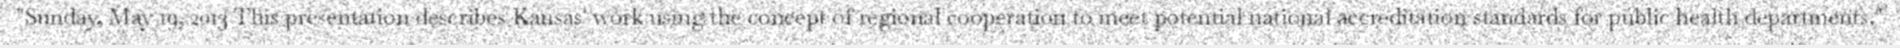
"Sunday, May 19, 2013 This presentation describes Kansas' work using the concept of regional cooperation to meet potential national accreditation standards for public health departments."